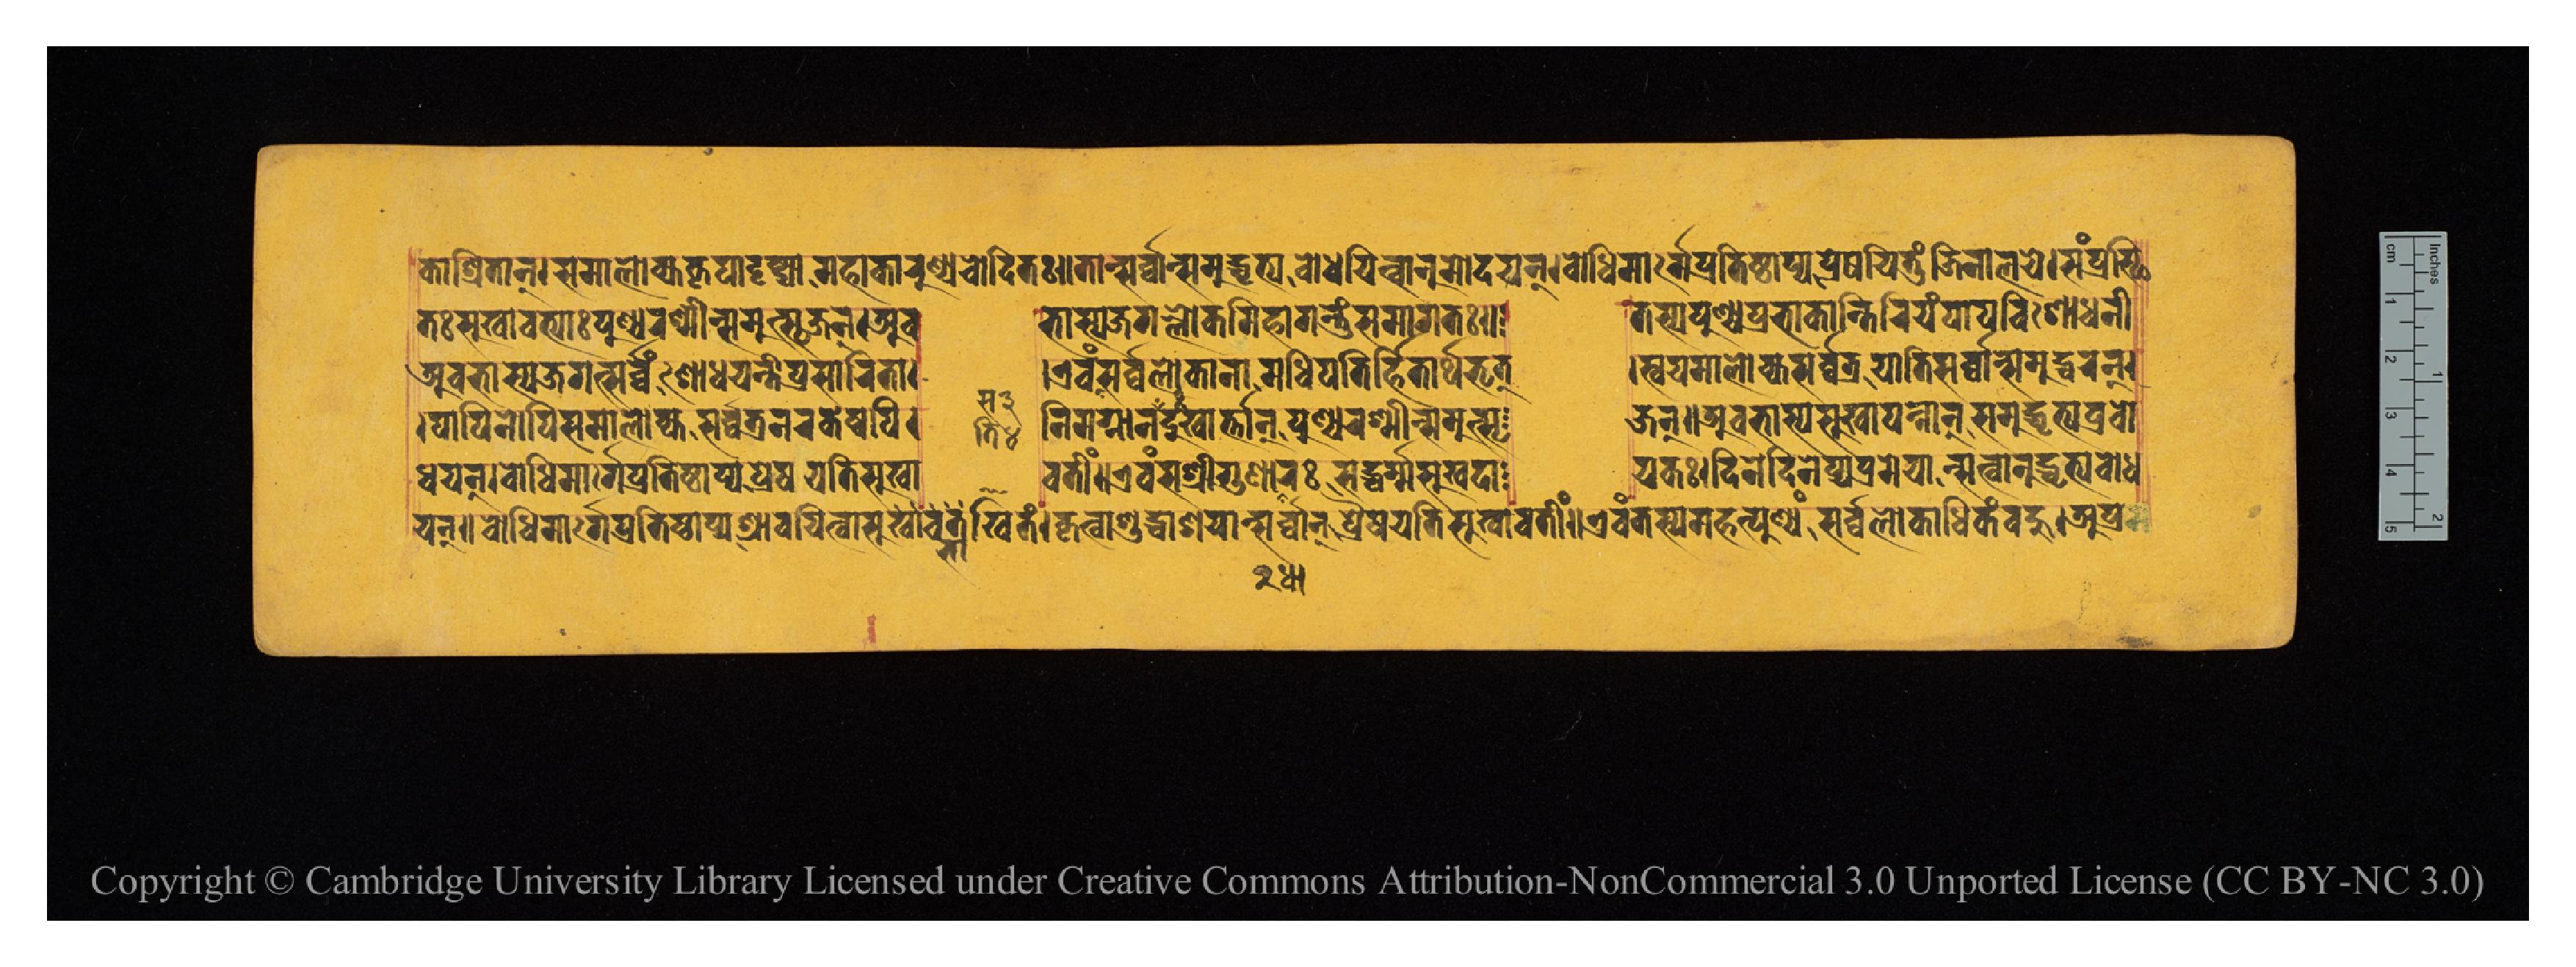
𑐎𑐵𑐱𑑂𑐬𑐶𑐟𑐵𑐣𑑂𑑋𑐳𑐩𑐵𑐮𑑀𑐎𑑂𑐫𑐎𑐺𑐥𑐵𑐡𑐺𑐳𑑂𑐚𑑂𑐫𑐵𑐩𑐴𑐵𑐎𑐵𑐬𑐸𑐞𑑂𑐫𑐔𑑀𑐡𑐶𑐟𑑅𑑌𑐟𑐵𑐣𑑂𑐳𑐬𑑂𑐰𑑂𑐰𑐵𑐣𑑂𑐴𑐶𑐳𑐩𑐸𑐡𑑂𑐡𑐺𑐟𑑂𑐫𑐧𑑀𑐢𑐶𑐫𑐶𑐟𑑂𑐰𑐵𑐣𑐸𑐩𑑀𑐡𑐫𑐣𑑂𑑋𑐧𑑀𑐢𑐶𑐩𑐵𑐬𑑂𑐐𑐾𑐥𑑂𑐬𑐟𑐶𑐲𑑂𑐛𑐵𑐥𑑂𑐫𑐥𑑂𑐬𑐾𑐲𑐫𑐶𑐟𑐸𑑄𑐖𑐶𑐣𑐵𑐮𑐫𑐾𑑌𑐳𑑄𑐥𑑂𑐬𑐳𑑂𑐠𑐶 𑐟𑑅𑐳𑐸𑐏𑐵𑐰𑐟𑑂𑐫𑐵𑑅𑐥𑐸𑐞𑑂𑐫𑐬𑐱𑑂𑐩𑐷𑐣𑑂𑐳𑐩𑐸𑐟𑑂𑐳𑐺𑐖𑐣𑑂𑑋𑐀𑐰    𑐨𑐵𑐳𑑂𑐫𑐖𑐐𑐮𑑂𑐮𑑀𑐎𑐩𑐶𑐴𑐵𑐐𑐣𑑂𑐟𑐸𑑄𑐳𑐩𑐵𑐐𑐟𑑅𑑌  𑐟𑐳𑑂𑐫𑐥𑐸𑐞𑑂𑐫𑐥𑑂𑐬𑐨𑐵𑐎𑐵𑐣𑑂𑐟𑐶𑐬𑐶𑐫𑑄𑐥𑐵𑐥𑐰𑐶𑐱𑑀𑐢𑐣𑐷 𑐀𑐰𑐨𑐵𑐳𑑂𑐫𑐖𑐐𑐟𑑂𑐳𑐬𑑂𑐰𑑂𑐰𑑄𑐱𑑀𑐢𑐫𑐣𑑂𑐟𑐷𑐥𑑂𑐬𑐳𑐵𑐬𑐶𑐟𑐵𑑋  𑑋𑐊𑐰𑑄𑐳𑐳𑐬𑑂𑐰𑑂𑐰𑐮𑑀𑐎𑐵𑐣𑐵𑐩𑐢𑐶𑐥𑐟𑐶𑐬𑑂𑐴𑐶𑐟𑐵𑐬𑑂𑐠𑐨𑐺𑐟𑑂  𑑋𑐳𑑂𑐰𑐫𑐩𑐵𑐮𑑀𑐎𑑂𑐫𑐳𑐬𑑂𑐰𑑂𑐰𑐟𑑂𑐬𑐫𑐵𑐟𑐶𑐳𑐬𑑂𑐰𑑂𑐰𑐵𑐣𑑂𑐳𑐩𑐸𑐡𑑂𑐢𑐬𑐣𑑂𑑋 𑑋𑐥𑐵𑐥𑐶𑐣𑑀𑐥𑐶𑐳𑐩𑐵𑐮𑑀𑐎𑑂𑐫𑐳𑐬𑑂𑐰𑑂𑐰𑐟𑑂𑐬𑐣𑐬𑐎𑐾𑐲𑑂𑐰𑐥𑐶𑑋  𑐣𑐶𑐩𑐐𑑂𑐣𑐵𑐣𑐟𑐶𑐡𑐸𑑅𑐏𑐵𑑄𑐳𑑂𑐟𑐵𑐣𑑂𑐥𑐸𑐞𑑂𑐫𑐬𑐱𑑂𑐩𑐷𑐣𑑂𑐳𑐩𑐸𑐟𑑂𑐳𑐺  𑐖𑐣𑑂𑑌𑐀𑐰𑐨𑐵𑐳𑑂𑐫𑐳𑐸𑐏𑐵𑐥𑐣𑑂𑐣𑐵𑐣𑑂𑐳𑐩𑐸𑐡𑑂𑐢𑐺𑐟𑑂𑐫𑐥𑑂𑐬𑐧𑑀 𑐢𑐫𑐣𑑂𑑋𑐧𑑀𑐢𑐶𑐩𑐵𑐬𑑂𑐐𑐾𑐥𑑂𑐬𑐟𑐶𑐲𑑂𑐛𑐵𑐥𑑂𑐫𑐥𑑂𑐬𑐾𑐲𑐫𑐟𑐶𑐳𑐸𑐏𑐵  𑐰𑐟𑐷𑑄𑑌𑐊𑐰𑑄𑐳𑐱𑑂𑐬𑐷𑐐𑐸𑐞𑐵𑐢𑐵𑐬𑑅𑐳𑐡𑑂𑐢𑐬𑑂𑐩𑑂𑐩𑐳𑐸𑐏𑐡𑐵  𑐫𑐎𑑅𑑋𑐡𑐶𑐣𑐾𑐡𑐶𑐣𑐾𑐥𑑂𑐫𑐥𑑂𑐬𑐾𑐩𑐾𑐫𑐵𑐣𑑂𑐳𑐟𑑂𑐰𑐵𑐣𑐸𑐡𑑂𑐢𑐺𑐟𑑂𑐫𑐧𑑀𑐢 𑐫𑐣𑑂𑑌𑐧𑑀𑐢𑐶𑐩𑐵𑐬𑑂𑐐𑐾𑐥𑑂𑐬𑐟𑐶𑐲𑑂𑐛𑐵𑐥𑑂𑐫𑐱𑑂𑐬𑐵𑐰𑐫𑐶𑐟𑑂𑐰𑐵𑐳𑐸𑐏𑐵𑐰𑐟𑐏𑐶𑐟𑑄𑑋𑐎𑐺𑐟𑑂𑐰𑐵𑐱𑐸𑐡𑑂𑐢𑐵𑐱𑐫𑐵𑐣𑑂𑐳𑐬𑑂𑐰𑑂𑐰𑐵𑐣𑑂𑐥𑑂𑐬𑐾𑐲𑐫𑐟𑐶𑐳𑐸𑐏𑐵𑐰𑐟𑐷𑑄𑑌𑐊𑐰𑑄𑐟𑐳𑑂𑐫𑐩𑐴𑐟𑑂𑐥𑐸𑐞𑑂𑐫𑑄𑐳𑐬𑑂𑐰𑑂𑐰𑐮𑑀𑐎𑐵𑐢𑐶𑐎𑑄𑐧𑐴𑐸𑑋𑐀𑐥𑑂𑐬